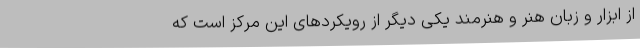
از ابزار و زبان هنر و هنرمند یکی دیگر از رویکردهای این مرکز است که